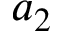
a _ { 2 }